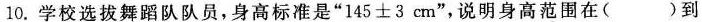
10.学校选拔舞蹈队队员，身高标准是”$$1 4 5 ± 3 c m$$”，说明身高范围在( )到